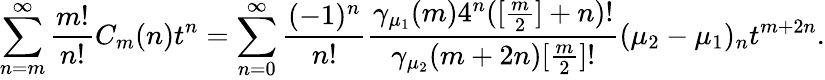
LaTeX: \sum_{n=m}^{\infty}\frac{m!}{n!}C_{m}(n)t^{n}=\sum_{n=0}^{\infty}{\frac{(-1)^{n}}{n!}}{\frac{\gamma_{\mu_{1}}(m)4^{n}([\frac{m}{2}]+n)!}{\gamma_{\mu_{2}}(m+2n)[\frac{m}{2}]!}}(\mu_{2}-\mu_{1})_{n}t^{m+2n}.